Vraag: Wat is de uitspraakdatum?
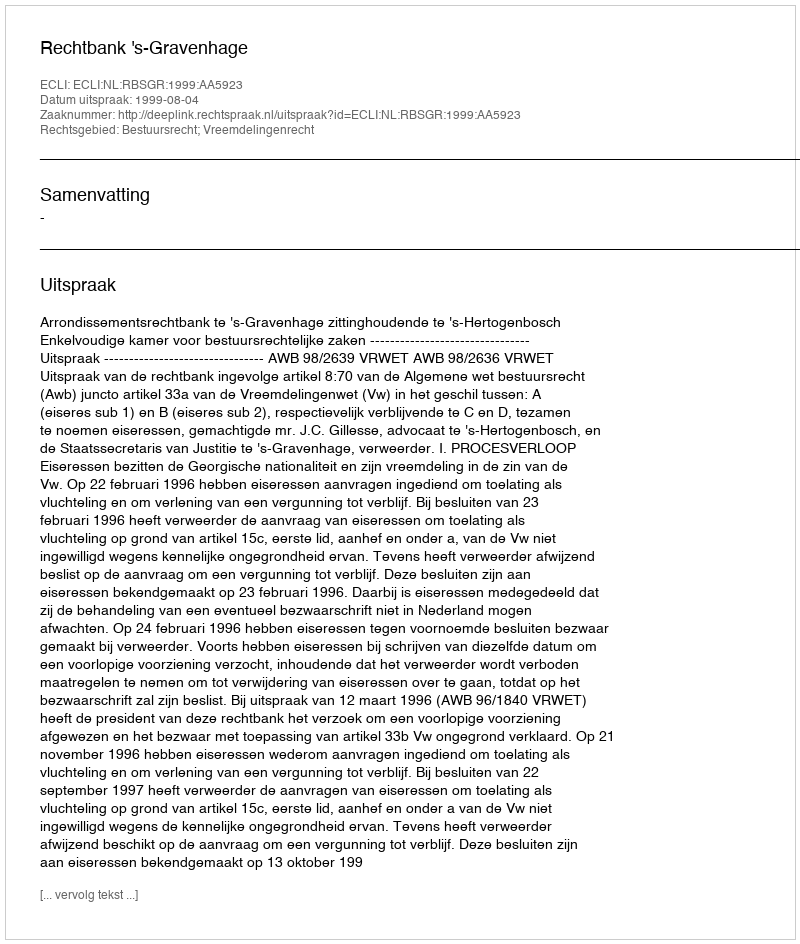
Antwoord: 1999-08-04